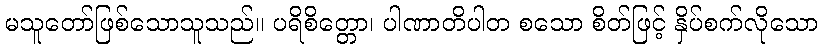
မသူတော်ဖြစ်သောသူသည်။ ပရိစိတ္တော၊ ပါဏာတိပါတ စသော စိတ်ဖြင့် နှိပ်စက်လိုသော